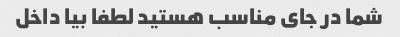
شما در جای مناسب هستید لطفا بیا داخل